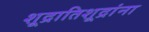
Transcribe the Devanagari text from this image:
शूद्रातिशूद्रांना